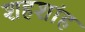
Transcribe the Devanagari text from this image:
शहशांह